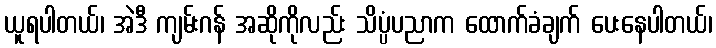
ယူရပါတယ်၊ အဲဒီ ကျမ်းဂန် အဆိုကိုလည်း သိပ္ပံပညာက ထောက်ခံချက် ပေးနေပါတယ်၊